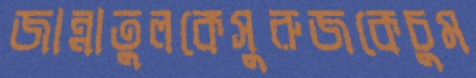
জান্নাতুলকেসুরুজকেচুম